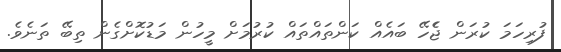
ފުރިހަމަ ކުރަން ޖެެހޭ ބައެއް ކަންތައްތައް ކުރުމަށް މީހުން މަޑުކޮށްގެން ތިބޭ ތަނެވެ.